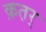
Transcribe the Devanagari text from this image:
क़त़र्